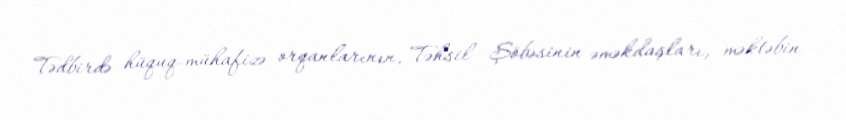
Tədbirdə hüquq-mühafizə orqanlarının, Təhsil Şöbəsinin əməkdaşları, məktəbin